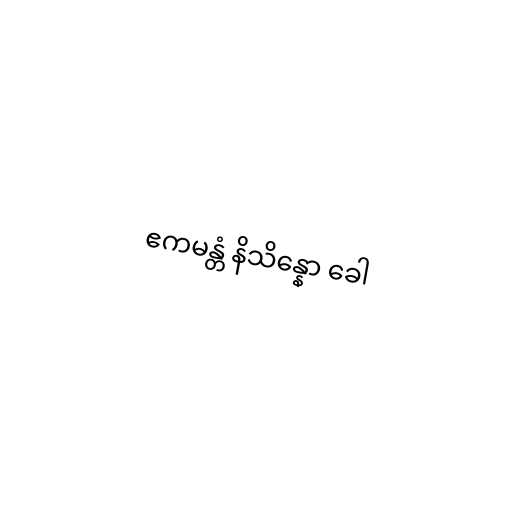
ဧကမန္တံ နိသိန္နော ခေါ